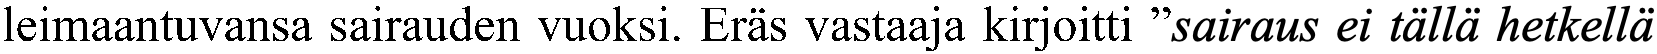
leimaantuvansa sairauden vuoksi. Eräs vastaaja kirjoitti ”sairaus ei tällä hetkellä